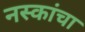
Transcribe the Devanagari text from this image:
नस्कांचा